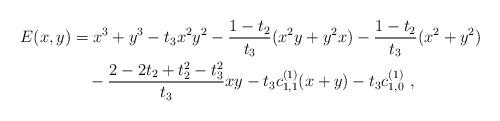
LaTeX: \begin{align*}\begin{aligned}E(x,y)&=x^3+y^3-t_3x^2y^2-\frac{1-t_2}{t_3}(x^2y+y^2x)-\frac{1-t_2}{t_3}(x^2+y^2)\\&\quad-\frac{2-2t_2+t_2^2-t_3^2}{t_3}xy-t_3c^{(1)}_{1,1}(x+y)-t_3c^{(1)}_{1,0}\ ,\end{aligned}\end{align*}